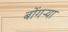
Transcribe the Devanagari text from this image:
बोंगऱ्या